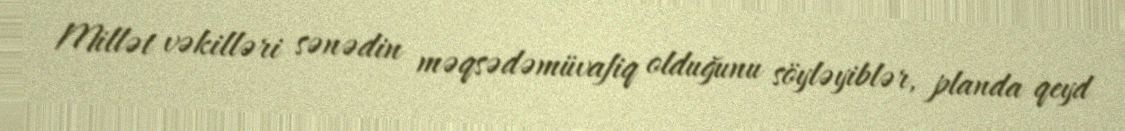
Millət vəkilləri sənədin məqsədəmüvafiq olduğunu söyləyiblər, planda qeyd